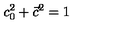
c _ { 0 } ^ { 2 } + \vec { c } ^ { 2 } = 1